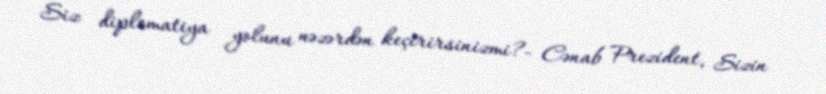
Siz diplomatiya yolunu nəzərdən keçirirsinizmi?- Cənab Prezident, Sizin